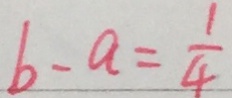
b - a = \frac { 1 } { 4 }